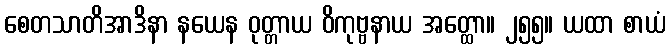
စေတသာတိအာဒိနာ နယေန ဝုတ္တာယ ဝိကုဗ္ဗနာယ အတ္ထော။ ၂၅၅။ ယထာ စာယံ